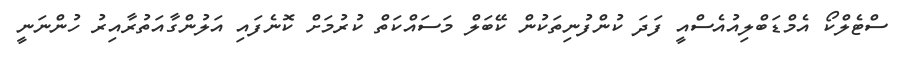
ސްޓެލްކޯ އެމްޑަބްލިއުއެސްއީ ފަދަ ކުންފުނިތަކުން ކޭބަލް މަސައްކަތް ކުރުމަށް ކޮނެފައި އަލުންގާއަތުރާއިރު ހުންނަނީ